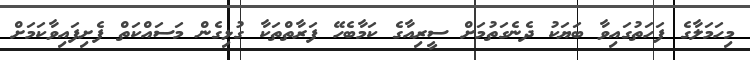
މިހަމަލާގެ ފަހަތުގައިވާ ބަޔަކު ދެނެގަތުމަށް ސީރިއާގެ ކަމާބެހޭ ފަރާތްތަކާ ގުޅިގެން މަސައްކަތް ފެށިފައިވާކަމަށް